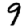
Digit: 9